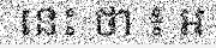
នេះ ថា ៖ ឣ